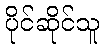
ပိုင်ဆိုင်သူ